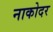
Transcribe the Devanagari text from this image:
नाकोदर